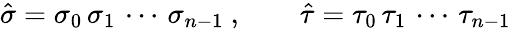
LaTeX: \hat{\sigma}=\sigma_{0}\, \sigma_{1}\, \cdots\, \sigma_{n-1}\ ,\qquad\hat{\tau}=\tau_{0}\, \tau_{1}\, \cdots\, \tau_{n-1}